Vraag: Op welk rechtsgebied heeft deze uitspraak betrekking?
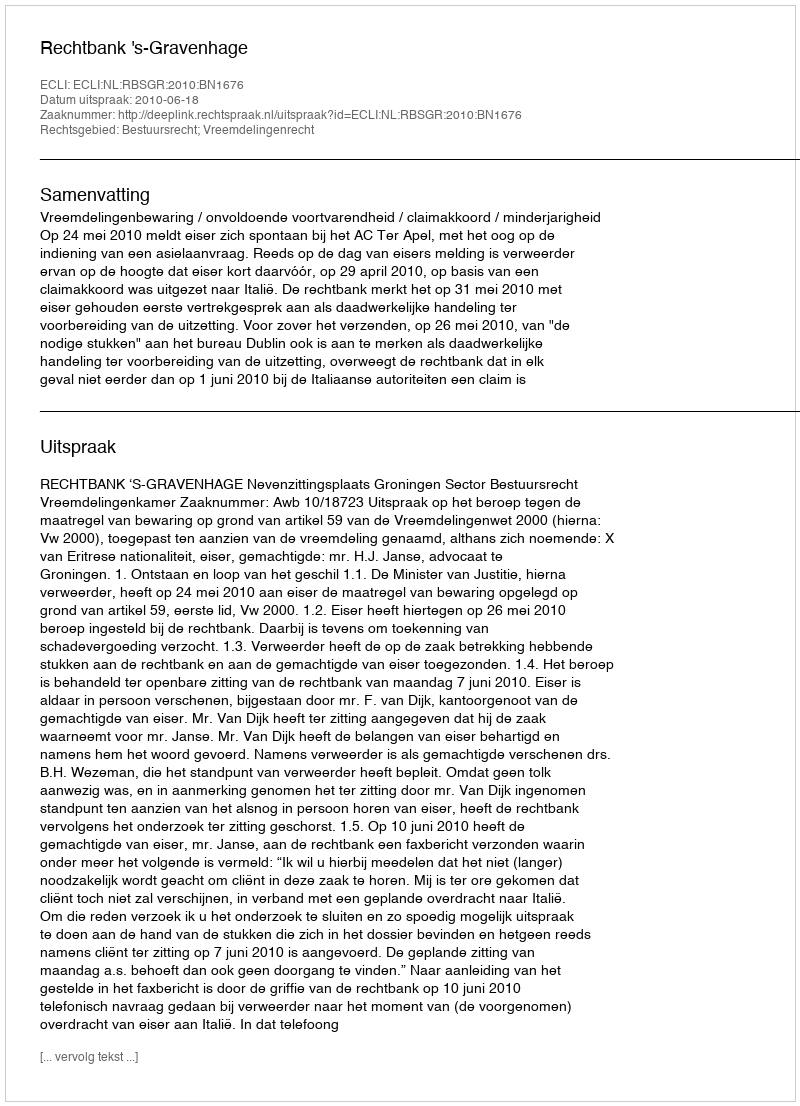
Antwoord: Bestuursrecht; Vreemdelingenrecht